Vaccination in the Punjab 1883-1896 - 1883-1896
Year: 1883
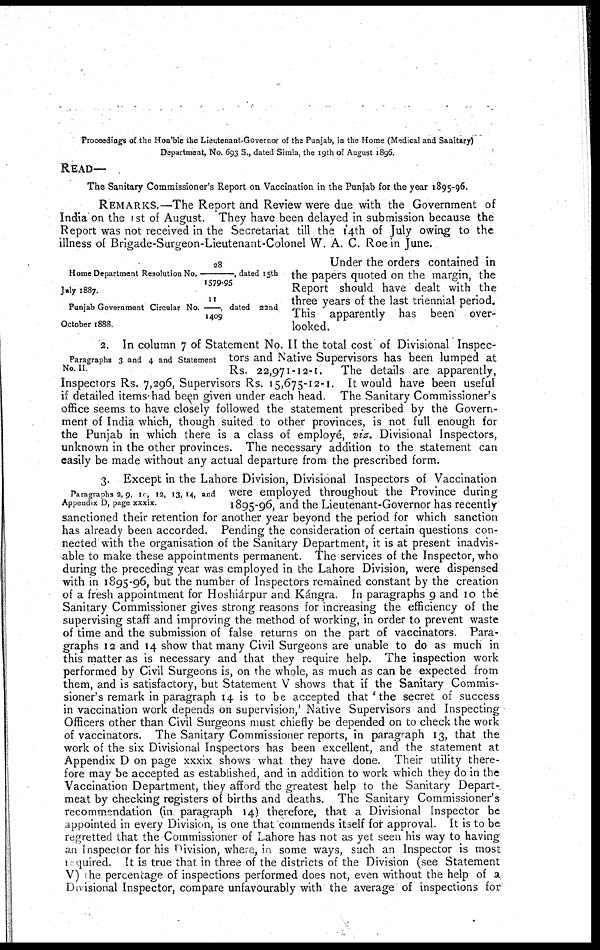
Proceedings of the Hon'ble the Lieutenant-Governor of the Punjab, in the Home (Medical and Sanitary)
Department, No. 693 S., dated Simla, the 19th of August 1896.
READ—
The Sanitary Commissioner' s Report on Vaccination in the Punjab for the year 1895-96.
REMARKS.—The Report and Review were due with the Government of
India on the 1st of August. They have been delayed in submission because the
Report was not received in the Secretariat till the 14th of July owing to the
illness of Brigade-Surgeon-Lieutenant-Colonel W. A. C. Roe in June.
Home Department Resolution No.28/1579-95, dated 15th
July 1887.
Punjab Government Circular No.11/1409, dated 22nd
October 1888.
Under the orders contained in
the papers quoted on the margin, the
Report should have dealt with the
three years of the last triennial period.
This apparently has been over-
looked.
Paragraphs 3 and 4 and Statement
No. II.
2. In column 7 of Statement No. II the total cost of Divisional Inspec-
tors and Native Supervisors has been lumped at
Rs. 22,971-12-1. The details are apparently,
Inspectors Rs. 7,296, Supervisors Rs. 15,675-12-1. It would have been useful
if detailed items had been given under each head. The Sanitary Commissioner's
office seems to have closely followed the statement prescribed by the Govern-
ment of India which, though suited to other provinces, is not full enough for
the Punjab in which there is a class of employé, viz. Divisional Inspectors,
unknown in the other provinces. The necessary addition to the statement can
easily be made without any actual departure from the prescribed form.
Paragraphs 2, 9, 10, 12, 13, 14, and
Appendix D, page xxxix.
3. Except in the Lahore Division, Divisional Inspectors of Vaccination
were employed throughout the Province during
1895-96, and the Lieutenant-Governor has recently
sanctioned their retention for another year beyond the period for which sanction
has already been accorded. Pending the consideration of certain questions con-
nected with the organisation of the Sanitary Department, it is at present inadvis-
able to make these appointments permanent. The services of the Inspector, who
during the preceding year was employed in the Lahore Division, were dispensed
with in 1895-96, but the number of Inspectors remained constant by the creation
of a fresh appointment for Hoshiárpur and Kángra. In paragraphs 9 and 10 the
Sanitary Commissioner gives strong reasons for increasing the efficiency of the
supervising staff and improving the method of working, in order to prevent waste
of time and the submission of false returns on the part of vaccinators. Para-
graphs 12 and 14 show that many Civil Surgeons are unable to do as much in
this matter as is necessary and that they require help. The inspection work
performed by Civil Surgeons is, on the whole, as much as can be expected from
them, and is satisfactory, but Statement V shows that if the Sanitary Commis-
sioner's remark in paragraph 14 is to be accepted that ' the secret of success
in vaccination work depends on supervision,' Native Supervisors and Inspecting
Officers other than Civil Surgeons must chiefly be depended on to check the work
of vaccinators. The Sanitary Commissioner reports, in paragraph 13, that the
work of the six Divisional Inspectors has been excellent, and the statement at
Appendix D on page xxxix shows what they have done. Their utility there-
fore may be accepted as established, and in addition to work which they do in the
Vaccination Department, they afford the greatest help to the Sanitary Depart-
meat by checking registers of births and deaths. The Sanitary Commissioner's
recommendation (in. paragraph 14) therefore, that a Divisional Inspector be
appointed in every Division, is one that commends itself for approval. It is to be
regretted that the Commissioner of Lahore has not as yet seen his way to having
an Inspector for his Division, where, in some ways, such an Inspector is most
required. It is true that in three of the districts of the Division (see Statement
V) The percentage of inspections performed does not, even without the help of a
Divisional Inspector, compare unfavourably with the average of inspections for